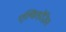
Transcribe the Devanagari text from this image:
एल्किडरेज़िन